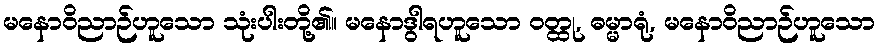
မနောဝိညာဉ်ဟူသော သုံးပါးတို့၏။ မနောဒွါရဟူသော ဝတ္ထု, ဓမ္မာရုံ, မနောဝိညာဉ်ဟူသော